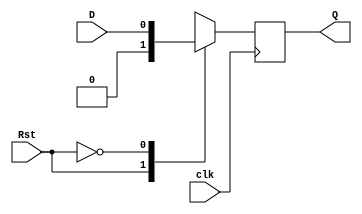
module dff(D,clk,Rst,Q);
 input D,clk,Rst;
 output Q;

 always @(posedge clk)
 begin
	 case(Rst)
		 1'b1 : Q<=1'b0;
		 1'b0 : Q<=D;
	 endcase

 end
 endmodule